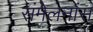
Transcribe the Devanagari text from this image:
संमेलनांस